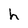
Character: h